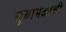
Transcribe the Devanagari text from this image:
सुबाभळाची